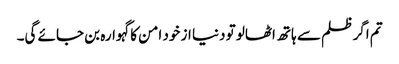
تم اگر ظلم سے ہاتھ اٹھالو تو دنیا از خود امن کا گہوارہ بن جائے گی۔